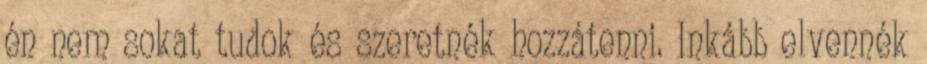
én nem sokat tudok és szeretnék hozzátenni. Inkább elvennék